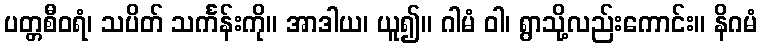
ပတ္တစီဝရံ၊ သပိတ် သင်္ကန်းကို။ အာဒါယ၊ ယူ၍။ ဂါမံ ဝါ၊ ရွာသို့လည်းကောင်း။ နိဂမံ